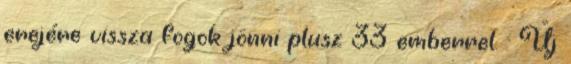
erejére vissza fogok jönni plusz 33 emberrel. : Új